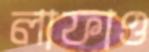
লাফাও